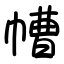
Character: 㡟